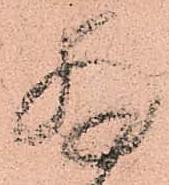
拝